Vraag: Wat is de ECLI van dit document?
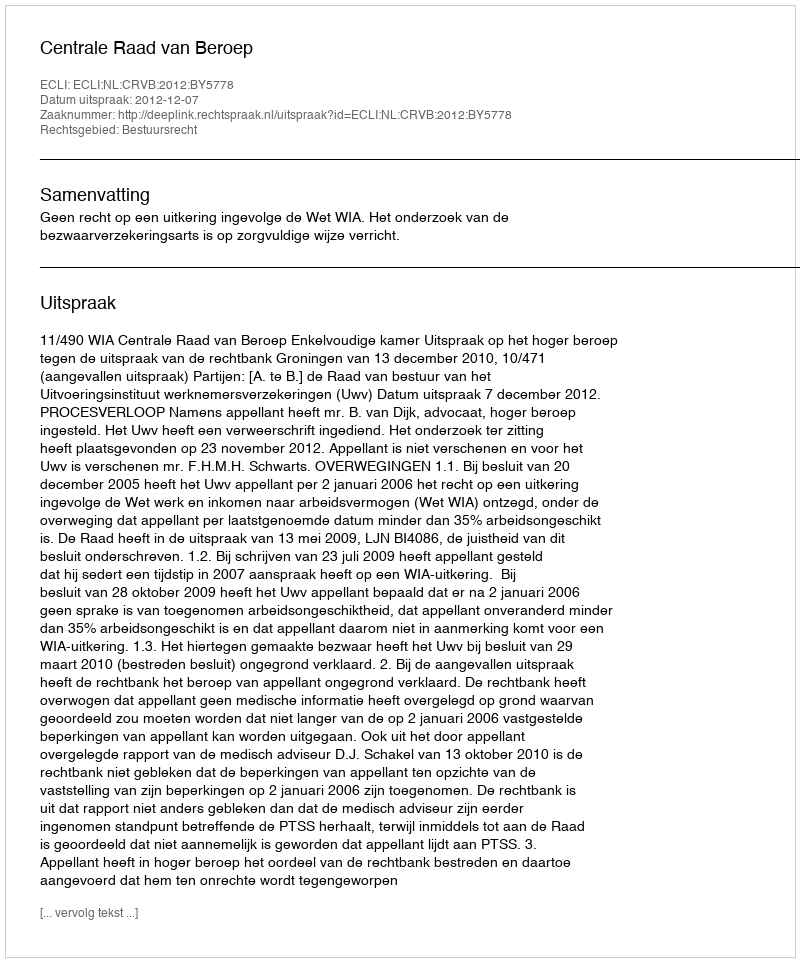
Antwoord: ECLI:NL:CRVB:2012:BY5778